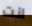
انت